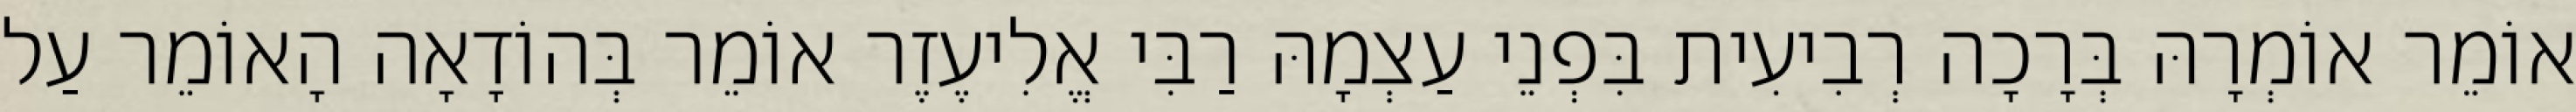
אוֹמֵר אוֹמְרָהּ בְּרָכָה רְבִיעִית בִּפְנֵי עַצְמָהּ רַבִּי אֱלִיעֶזֶר אוֹמֵר בְּהוֹדָאָה הָאוֹמֵר עַל